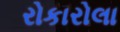
રોકારોલા